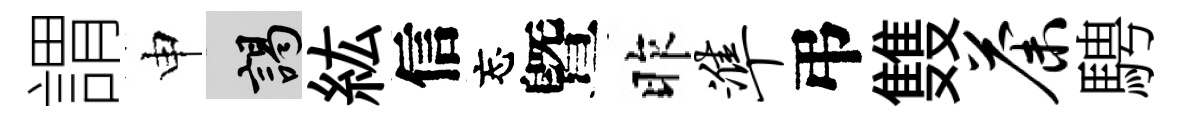
謂申謁紘信忘曁昨准弔䨇荼騁